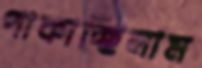
পাকাচ্ছিলাম